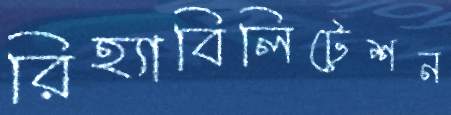
রিহ্যাবিলিটেশন